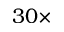
3 0 \times